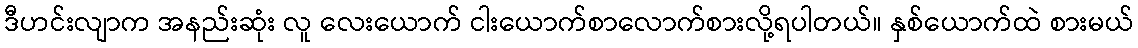
ဒီဟင်းလျာက အနည်းဆုံး လူ လေးယောက် ငါးယောက်စာလောက်စားလို့ရပါတယ်။ နှစ်ယောက်ထဲ စားမယ်